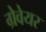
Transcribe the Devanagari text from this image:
ग्रेवेयर